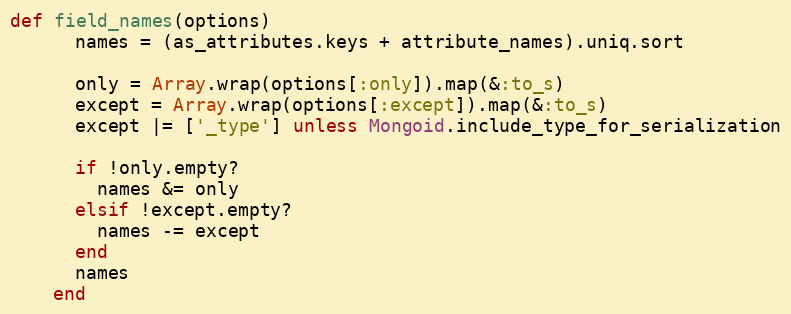
Language: Ruby
def field_names(options)
      names = (as_attributes.keys + attribute_names).uniq.sort

      only = Array.wrap(options[:only]).map(&:to_s)
      except = Array.wrap(options[:except]).map(&:to_s)
      except |= ['_type'] unless Mongoid.include_type_for_serialization

      if !only.empty?
        names &= only
      elsif !except.empty?
        names -= except
      end
      names
    end